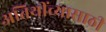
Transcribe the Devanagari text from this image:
अतिथींच्यासाठी